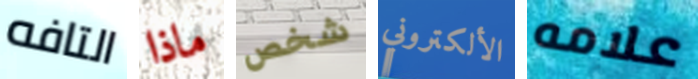
التافه ماذا شخص الألكتروني علامه